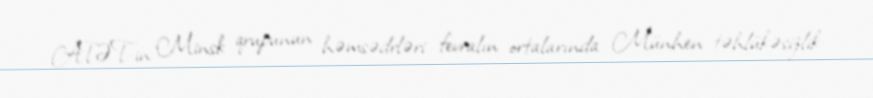
ATƏT-in Minsk qrupunun həmsədrləri fevralın ortalarında Münhen təhlükəsizlik